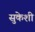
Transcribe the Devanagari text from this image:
सुकेशी